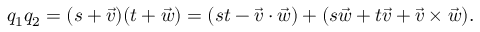
q _ { 1 } q _ { 2 } = ( s + { \vec { v } } ) ( t + { \vec { w } } ) = ( s t - { \vec { v } } \cdot { \vec { w } } ) + ( s { \vec { w } } + t { \vec { v } } + { \vec { v } } \times { \vec { w } } ) .